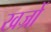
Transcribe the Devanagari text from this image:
खज्रों